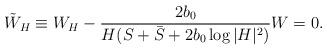
LaTeX: \begin{align*}\tilde{W}_H \equiv W_H - \frac{2b_0}{H(S+\bar{S}+2b_0\log|H|^2)} W =0.\end{align*}